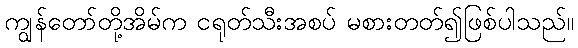
ကျွန်တော်တို့အိမ်က ငရုတ်သီးအစပ် မစားတတ်၍ဖြစ်ပါသည်။